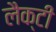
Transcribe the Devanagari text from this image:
लैक्टी